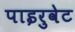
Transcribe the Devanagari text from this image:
पाइरुवेट